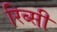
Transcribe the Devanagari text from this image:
रिब्सी